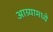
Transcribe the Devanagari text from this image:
आग्र्यामध्ये